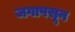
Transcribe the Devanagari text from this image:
जगापसून